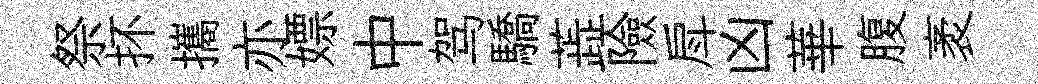
祭抔攜亦嫖中驾驕蕋險戽凶華腹袤